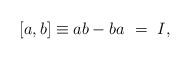
LaTeX: \begin{align*} [a,b] \equiv ab - ba \ =\ I,\end{align*}